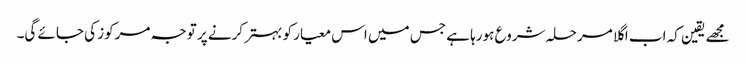
مجھے یقین کہ اب اگلا مرحلہ شروع ہورہا ہے جس میں اس معیار کو بہتر کرنے پر توجہ مرکوز کی جائے گی۔